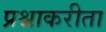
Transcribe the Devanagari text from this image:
प्रश्नाकरीता